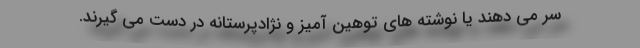
سر می دهند یا نوشته های توهین آمیز و نژادپرستانه در دست می گیرند.